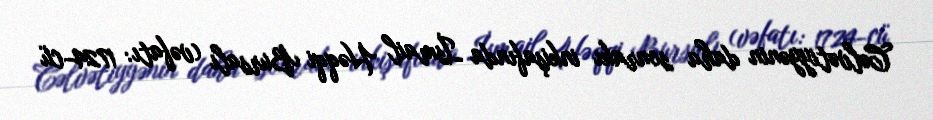
Cəlvətiyyənin daha sonrakı inkişafında İsmail Həqqi Bursalı (vəfatı: 1724-cü